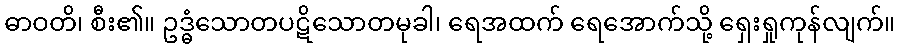
ဓာဝတိ၊ စီး၏။ ဥဒ္ဓံသောတပဋိသောတမုခါ၊ ရေအထက် ရေအောက်သို့ ရှေးရှုကုန်လျက်။